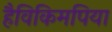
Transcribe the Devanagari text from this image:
हैविकिमपिया